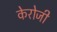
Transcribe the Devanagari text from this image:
केरोजी